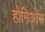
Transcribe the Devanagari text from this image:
होमिओस